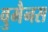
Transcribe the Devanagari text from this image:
वुमैनस